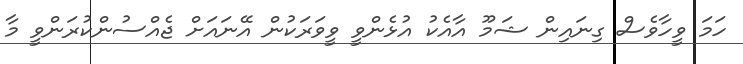
ހަމަ ވީހާވެސް ގިނައިން ޝަމޫ އާއެކު އުޅެންވީ ވީވަރަކުން އޭނައަށް ޖެއްސުންކުރަންވީ މާ